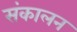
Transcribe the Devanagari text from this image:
संकालन